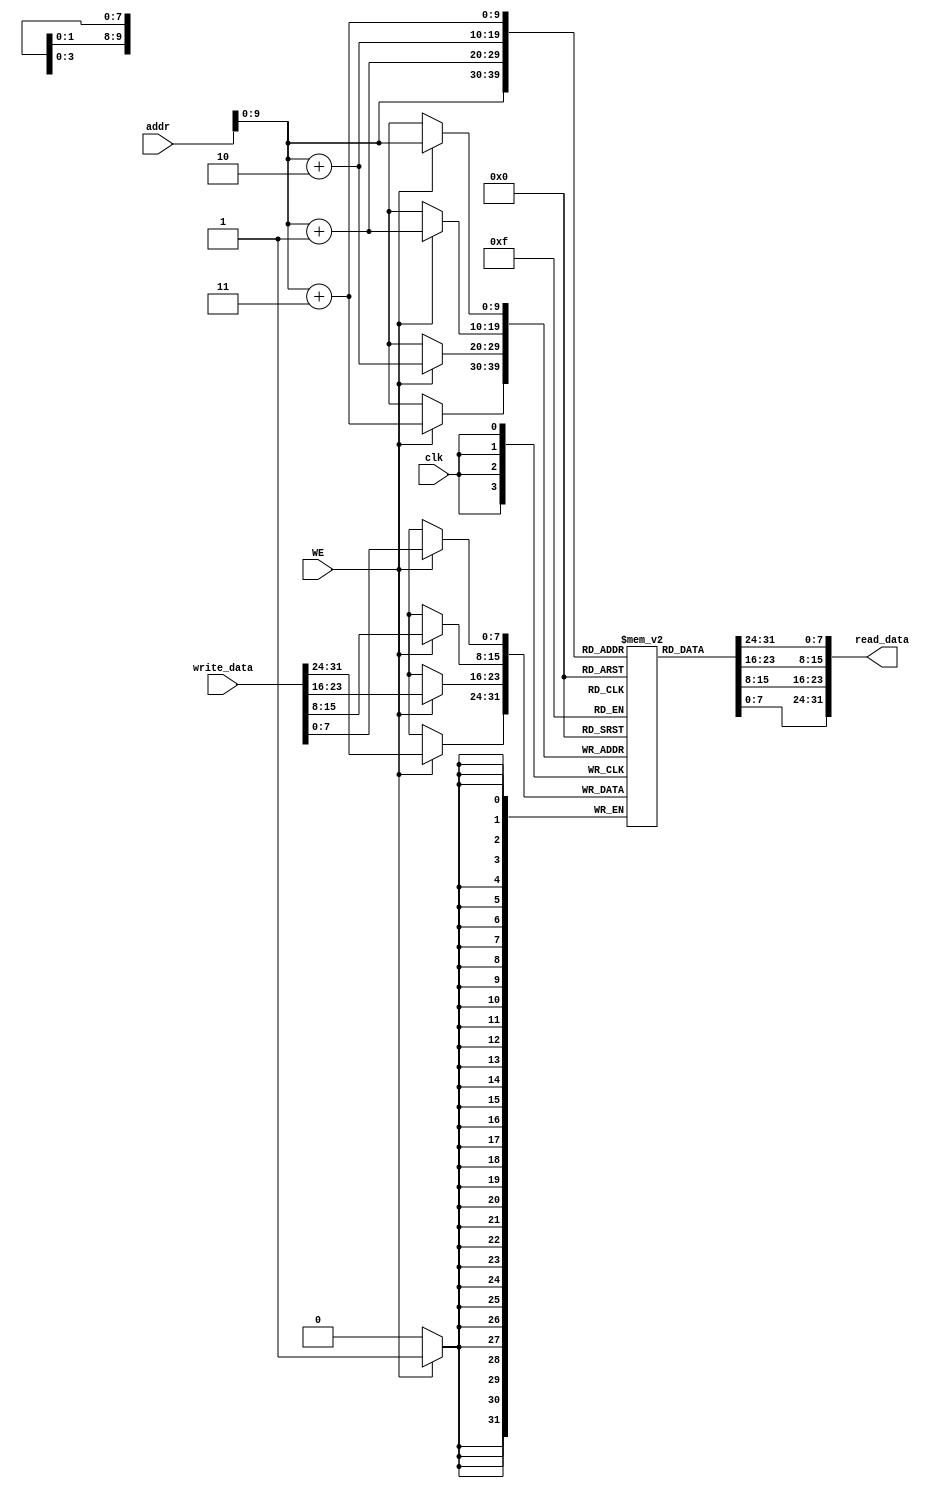
`timescale 1ns / 1ps
//////////////////////////////////////////////////////////////////////////////////
// Company: 
// Engineer: 
// 
// Design Name: 
// Module Name: data_mem
// Project Name: 
// Target Devices: 
// Tool Versions: 
// Description: 
// 
// Dependencies: 
// 
// Revision:
// Revision 0.01 - File Created
// Additional Comments:
// 
//////////////////////////////////////////////////////////////////////////////////


module data_mem(
    input   clk,
    input   WE,
    input   [31:0]addr,
    input   [31:0]write_data,
    
    output  [31:0]read_data 
    );
    
    reg [7:0]reg_data_mem[0:1023];
    
    always @(posedge clk) begin
        if(WE) begin
            {reg_data_mem[addr + 3], reg_data_mem[addr + 2], reg_data_mem[addr + 1], reg_data_mem[addr]} <= write_data;
        end
    end
    
    assign read_data = {reg_data_mem[addr + 3], reg_data_mem[addr + 2], reg_data_mem[addr + 1], reg_data_mem[addr]};
endmodule